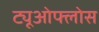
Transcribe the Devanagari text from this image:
ट्यूओफ्लोस